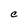
Character: C